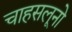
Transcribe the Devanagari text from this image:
चाहसलूनो